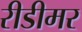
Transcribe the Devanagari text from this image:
रीडीमर